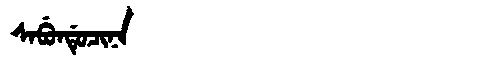
Manchu: ᠰᠠᠪᡠᠨᡩᡠᠴᡳᠨᠠ
Romanization: SABUNDUCINA